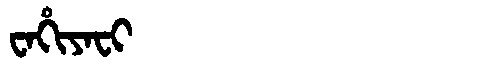
Manchu: ᠸᠠᡥᡳᠶᠠᠸᡳ
Romanization: WAHIYAFI